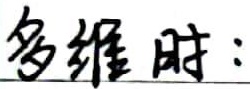
多维时：